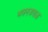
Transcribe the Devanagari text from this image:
भवनजवळ